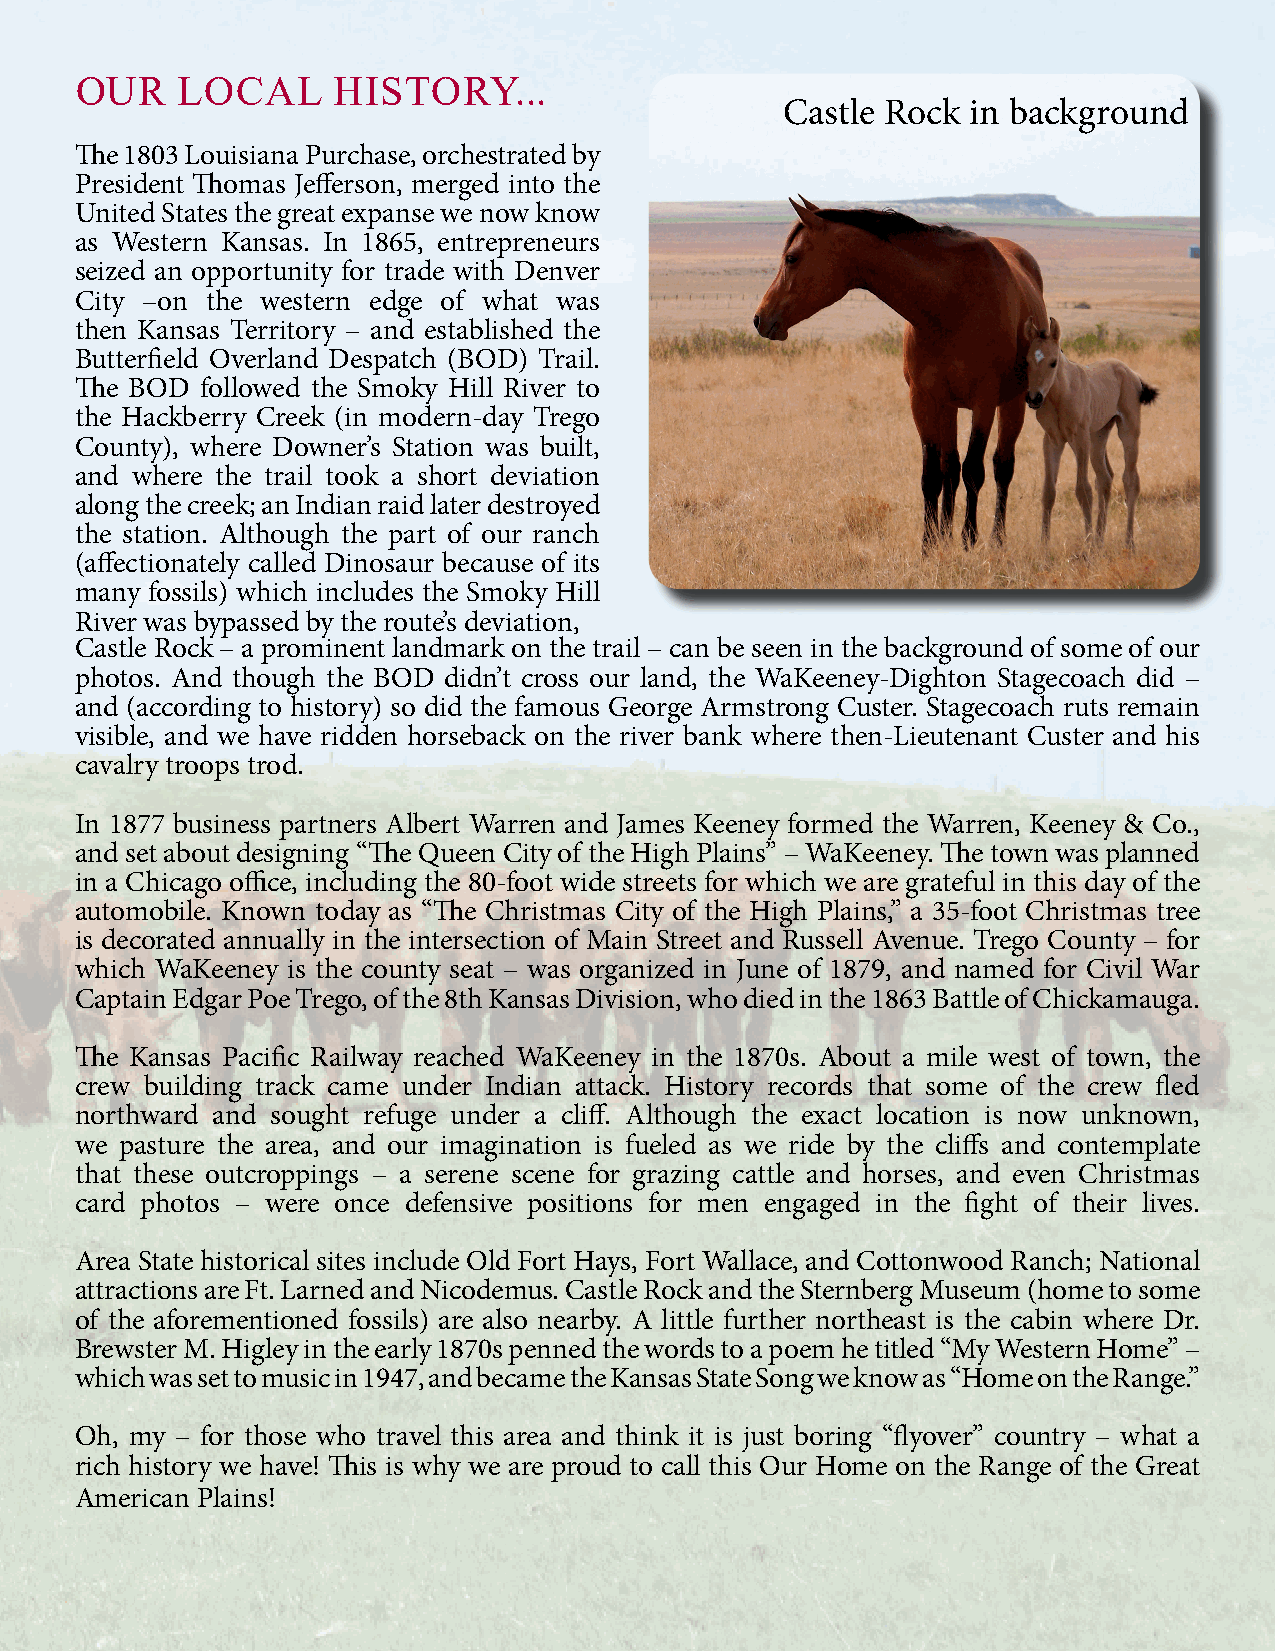
OUR    LOCAL     HISTORY...
 Castle Rock in background
 The 1803 Louisiana Purchase, orchestrated by
 President Thomas Jefferson, merged into the
 United States the great expanse we now know
 as Western Kansas. In 1865, entrepreneurs
 seized an opportunity for trade with Denver
 City –on the western edge of what was
 then Kansas Territory – and established the
 Butterfield Overland Despatch (BOD) Trail.
 The BOD followed the Smoky Hill River to
 the Hackberry Creek (in modern-day Trego
 County), where Downer’s Station was built,
 and where the trail took a short deviation
 along the creek; an Indian raid later destroyed
 the station. Although the part of our ranch
 (affectionately called Dinosaur because of its
 many fossils) which includes the Smoky Hill
 River was bypassed by the route’s deviation,
 Castle Rock – a prominent landmark on the trail – can be seen in the background of some of our
 photos. And though the BOD didn’t cross our land, the WaKeeney-Dighton Stagecoach did –
 and (according to history) so did the famous George Armstrong Custer. Stagecoach ruts remain
 visible, and we have ridden horseback on the river bank where then-Lieutenant Custer and his
 cavalry troops trod.
 In 1877 business partners Albert Warren and James Keeney formed the Warren, Keeney & Co.,
 and set about designing “The Queen City of the High Plains” – WaKeeney. The town was planned
 in a Chicago office, including the 80-foot wide streets for which we are grateful in this day of the
 automobile. Known today as “The Christmas City of the High Plains,” a 35-foot Christmas tree
 is decorated annually in the intersection of Main Street and Russell Avenue. Trego County – for
 which WaKeeney is the county seat – was organized in June of 1879, and named for Civil War
 Captain Edgar Poe Trego, of the 8th Kansas Division, who died in the 1863 Battle of Chickamauga.
 The Kansas Pacific Railway reached WaKeeney in the 1870s. About a mile west of town, the
 crew building track came under Indian attack. History records that some of the crew fled
 northward and sought refuge under a cliff. Although the exact location is now unknown,
 we pasture the area, and our imagination is fueled as we ride by the cliffs and contemplate
 that these outcroppings – a serene scene for grazing cattle and horses, and even Christmas
 card photos – were once defensive positions for men engaged in the fight of their lives.
 Area State historical sites include Old Fort Hays, Fort Wallace, and Cottonwood Ranch; National
 attractions are Ft. Larned and Nicodemus. Castle Rock and the Sternberg Museum (home to some
 of the aforementioned fossils) are also nearby. A little further northeast is the cabin where Dr.
 Brewster M. Higley in the early 1870s penned the words to a poem he titled “My Western Home” –
 which was set to music in 1947, and became the Kansas State Song we know as “Home on the Range.”
 Oh, my – for those who travel this area and think it is just boring “flyover” country – what a
 rich history we have! This is why we are proud to call this Our Home on the Range of the Great
 American Plains!